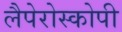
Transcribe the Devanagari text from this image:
लैपेरोस्कोपी